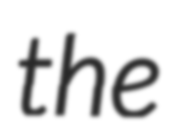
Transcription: the